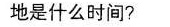
地是什么时间?